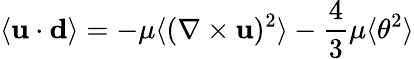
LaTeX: \langle{\mathbf u}\cdot{\mathbf d}\rangle=-\mu\langle(\nabla\times{\mathbf u})^{2}\rangle-{\frac{4}{3}}\mu\langle\theta^{2}\rangle